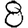
Digit: 8